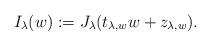
LaTeX: \begin{align*}I_{\lambda}(w):=J_{\lambda}(t_{\lambda,w}w+z_{\lambda,w}).\end{align*}